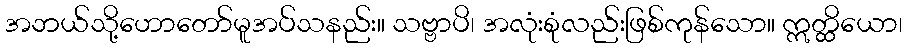
အဘယ်သို့ဟောတော်မူအပ်သနည်း။ သဗ္ဗာပိ၊ အလုံးစုံလည်းဖြစ်ကုန်သော။ ဣတ္ထိယော၊